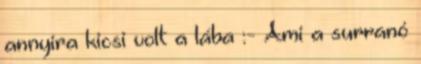
annyira kicsi volt a lába :- Ami a surranó